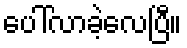
ပေါ်လာခဲ့လေပြီ။